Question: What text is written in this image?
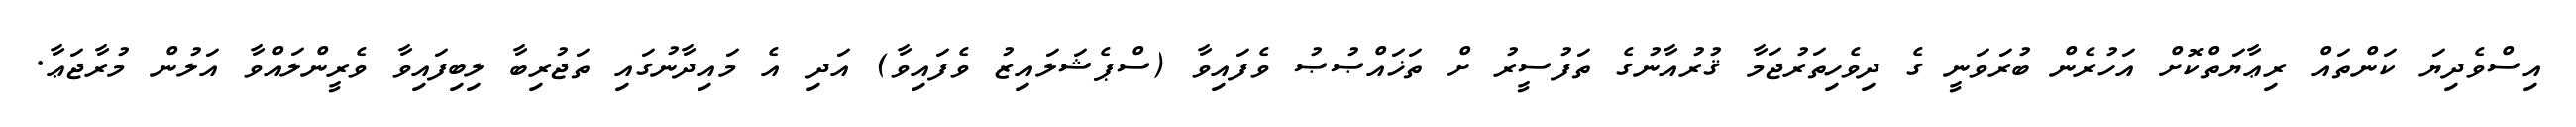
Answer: އިސްވެދިޔަ ކަންތައް ރިޢާޔަތްކޮށް އަހުރެން ބުރަވަނީ ގެ ދިވެހިތަރުޖަމާ ޤުރުއާނުގެ ތަފުސީރު ށް ތަޚައްޞުޞު ވެފައިވާ (ސްޕެޝަލައިޒު ވެފައިވާ) އަދި އެ މައިދާނުގައި ތަޖުރިބާ ލިބިފައިވާ ވެރީންލައްވާ އަލުން މުރާޖަޢާ.